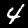
Label: 4